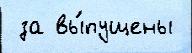
 за вы́пущены